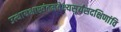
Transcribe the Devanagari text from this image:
उत्थायभास्वंतमवेक्ष्यसूर्यंसदक्षिणांवि